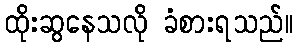
ထိုးဆွနေသလို ခံစားရသည်။